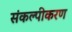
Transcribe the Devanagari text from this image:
संकल्पीकरण